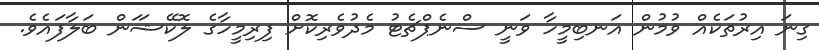
ގިނަ އިރުތަކެއް ވުމުން އަނބިމީހާ ވަނީ ސްނެޕްޗެޓު މެދުވެރިކޮށް ފިރިމީހާގެ ލޮކޭޝަަން ބަލާފައެވެ.